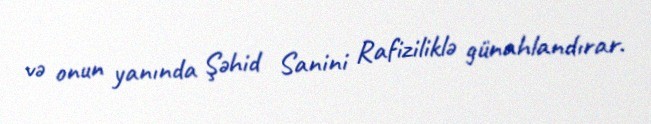
və onun yanında Şəhid Sanini Rafiziliklə günahlandırar.